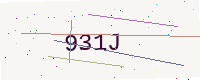
Text: 931J